Statistical return of the lunatic asylum in Assam - 1912-1932
Year: 1912
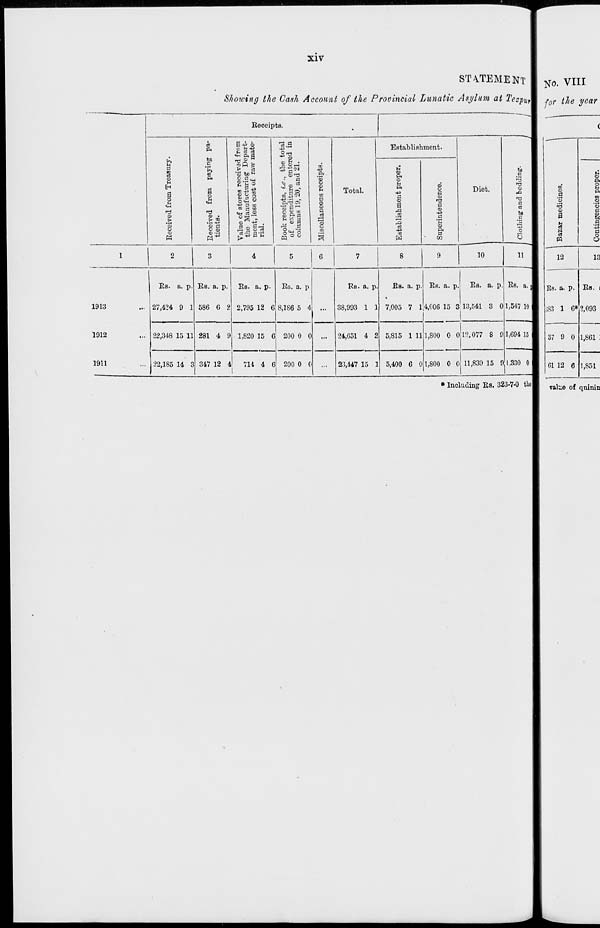
l _ l
l-l
>-*
1
1 *
o
©
(-•
M
to
CO
t-l
1
:
10
co
to
i°
CO
j<I
CO
*£»■
w
00
Cn
00
?
to
Eccoived from Trcasary.
I—i
l-l
lt>>
Cn
©
p
CO
l-l
1—'
l-i
V
CO
CO
Or
m
tfk
00
00
-J
l "" 1
©
•
CO
Eecoived from paying pa-
to
tf»
©
•
tients.
0>
©
CO
•3
l-»
to
W
Vaiuo of stores received from
l-l
CO
CO
1©
m
tho Manufacturing Depart-
>p«
°
CT
p
H>
ment, less cost of raw mate-
w
*
s
CJ
CO
©
W
rial.
a
n>
•5"
to
©
to
©
©
00
03
W
Cn
Book receipts, i.e., the total
of expenditure entered in
°
°
e.
«
columns 19, 20, and 21.
©
©
*> . •o
•
:
:
©
Miscellaneous receipts.
CO
CO
CO
Jt»-
CO
V.
©
©
t-3
«-
Cn
o
53
o
-a
i-i
CO
m
<J
et-
t-t
Cn
l(»
*-•
p
^
to
M
•d
«T
5*
-J •
O
o
00
Or
©
©
en
&3
CO
oo
Establishment proper,
DO
ert-
©
i-i
~J
p
a;
o
>—>
i—•
t—'
W
3 o
CO
o
00
©
"©
©
S?
a
o
o
©
©
° 1
©
en
p
©
Superintendence.
et-
o^
©
©
'
CO
7
Cu
~
i°
CO
03
"ao
CO
©
s W
o
©
-<i
H->
Cn
CO
CO
p
©
ft-
CO
*o
©
to
©
•3
CO
1-1
1
1
4*
CO
©
c
SJ
o
CO
§
*-
?
1 •»!
»
i i- 1
Clothing' and bedding-.
E^
o
£ f
S
^
0c
^
o>
•it
O

.
tM
St
s
M
<
t-3
fed
Ci
CO
56
S3
p
CO
g
to
©
t-«
p
o
©
©
©
*
V
^2
t—'
uS
g.
00
00
"©
&d
5"
On
©
©
a
!-•
l-l
CO
5'
Bazar medicines.
Contingencies proper.
^» >^
1
s»
■£+
-*t
p
c^
?^
<
<*.
t—t
1—1
l-H
a
**